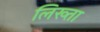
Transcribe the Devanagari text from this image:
लिख्ता